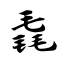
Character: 毳